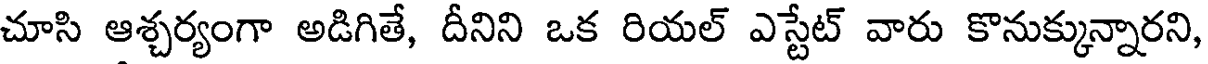
చూసి ఆశ్చర్యంగా అడిగితే, దీనిని ఒక రియల్ ఎస్టేట్ వారు కొనుక్కున్నారని,